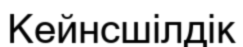
Кейнсшілдік